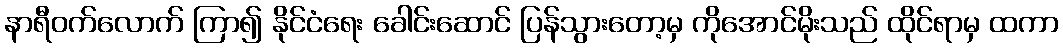
နာရီဝက်လောက် ကြာ၍ နိုင်ငံရေး ခေါင်းဆောင် ပြန်သွားတော့မှ ကိုအောင်မိုးသည် ထိုင်ရာမှ ထကာ